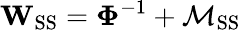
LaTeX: \mathbf{W}_{\mathrm{SS}}=\mathbf{\Phi}^{-1}+\mathbf{\mathcal{M}}_{\mathrm{SS}}